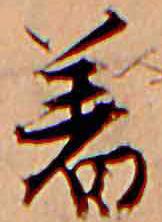
着